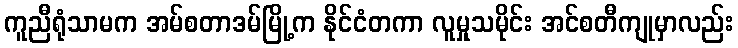
ကူညီရုံသာမက အမ်စတာဒမ်မြို့က နိုင်ငံတကာ လူမှုသမိုင်း အင်စတီကျုမှာလည်း